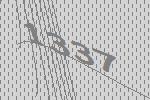
1337